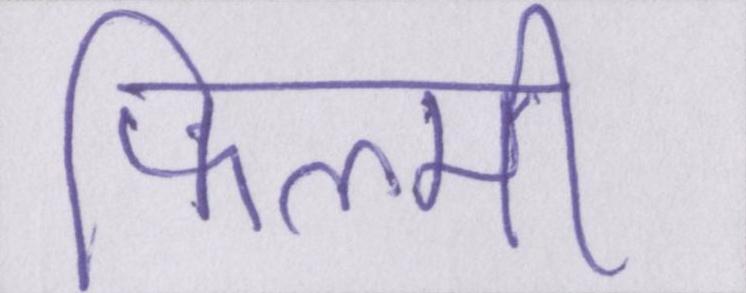
फिल्मी